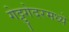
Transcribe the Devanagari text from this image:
गेट्टुगेदरमध्ये